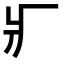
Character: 𤕫